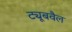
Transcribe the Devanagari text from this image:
ट्यूबवैल